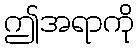
ဤအရာကို